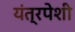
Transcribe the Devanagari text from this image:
यंत्रपेशी